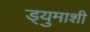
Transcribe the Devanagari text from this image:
ड्युमाशी